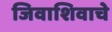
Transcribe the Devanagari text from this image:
जिवाशिवाचे